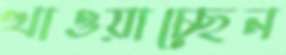
খাওয়াচ্ছেন